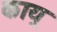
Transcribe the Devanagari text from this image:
काय्र